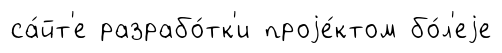
са́йт'е разрабо́тк'и проjе́ктом бо́л'еjе